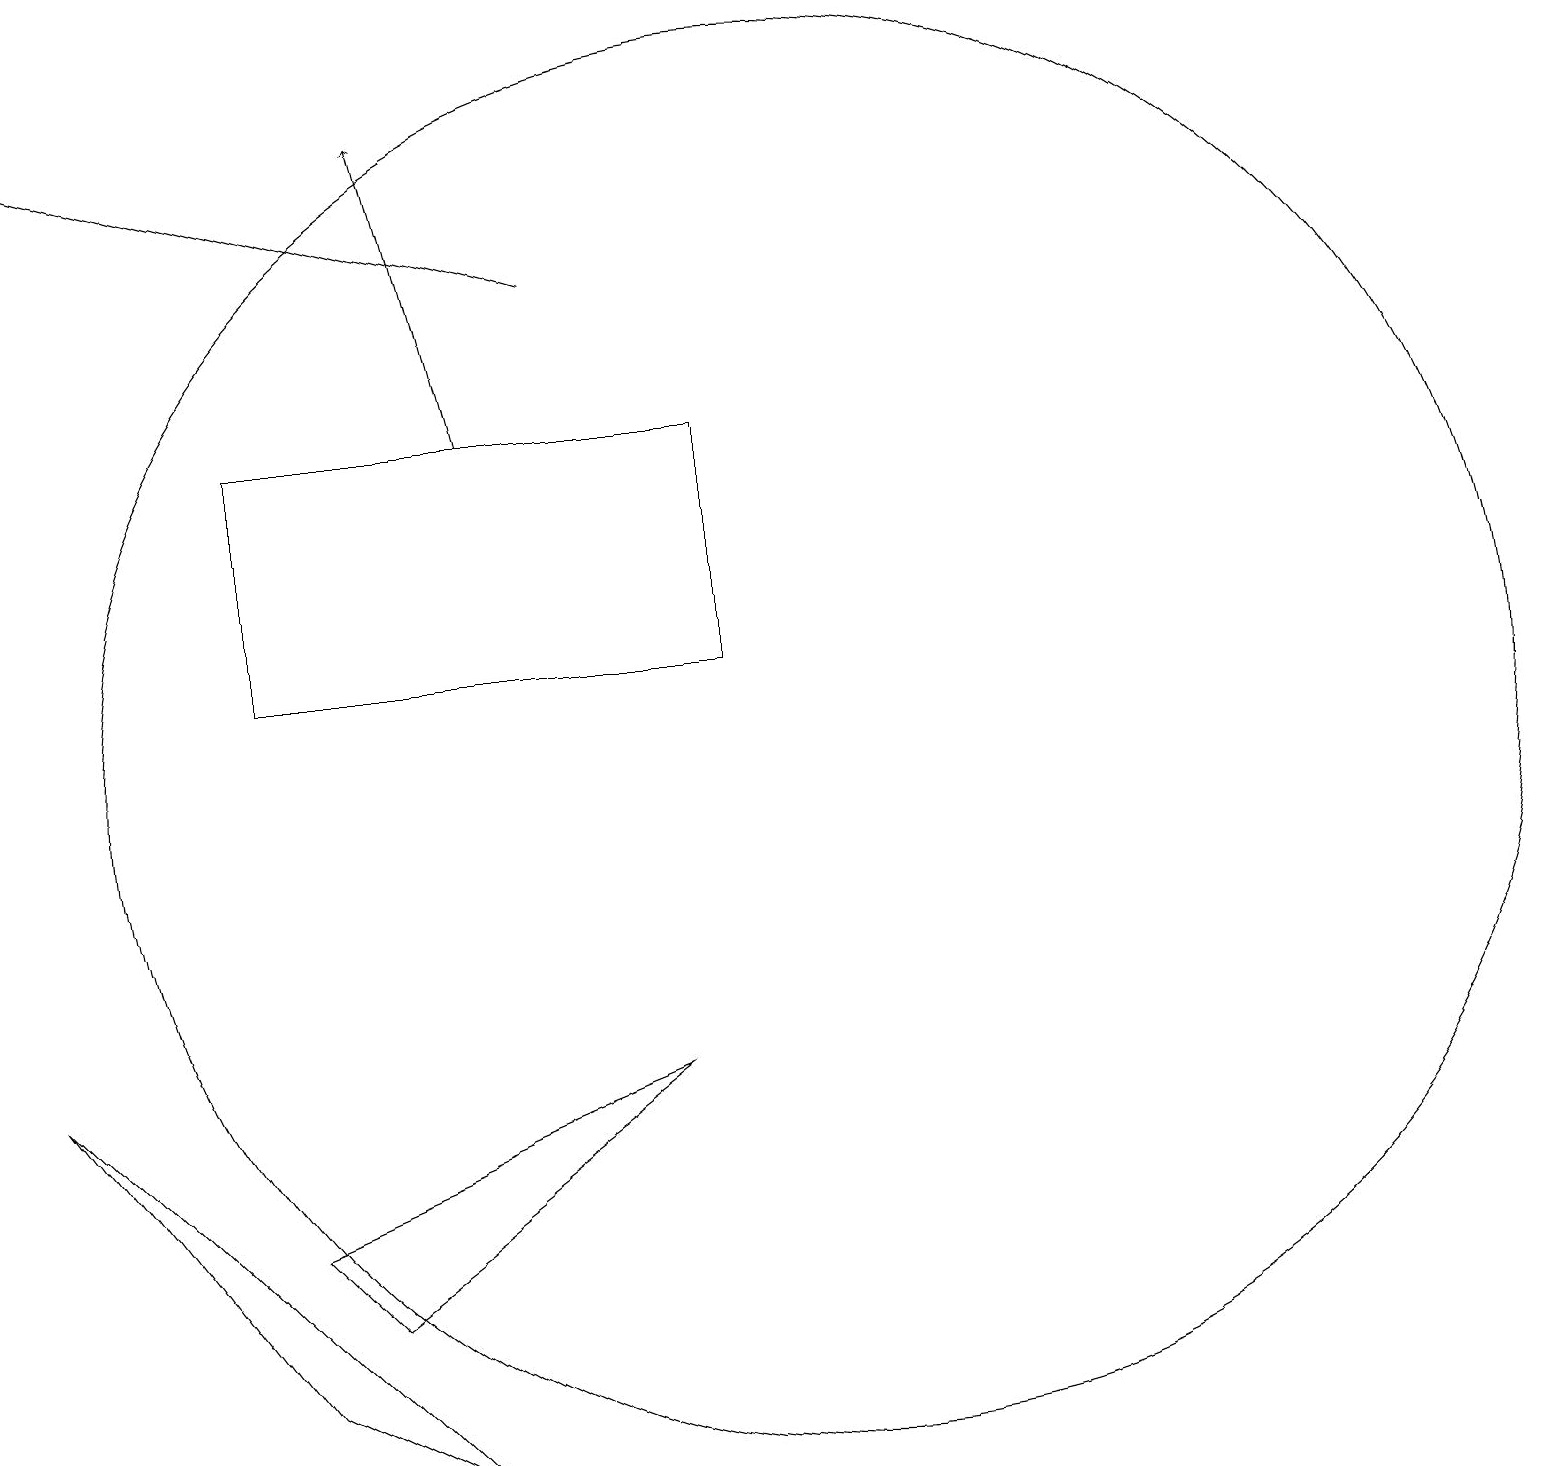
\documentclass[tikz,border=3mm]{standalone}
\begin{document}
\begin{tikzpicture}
\draw (8,6) -- (4,3) -- (3,4) -- cycle;
\draw[->] (6,14) -- (5,18);
\draw (9,14) rectangle (3,11);
\draw (0,6) -- (3,2) -- (5,1) -- cycle;
\draw[->] (7,16) -- (0,18);
\draw (10,10) circle (9);
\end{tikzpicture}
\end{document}